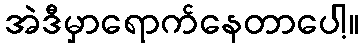
အဲဒီမှာရောက်နေတာပေါ့။